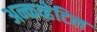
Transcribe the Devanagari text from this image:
अन्कव्हेटिल